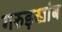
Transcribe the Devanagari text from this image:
गरुड़खांब